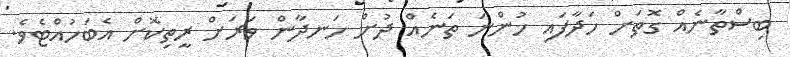
ބިސްތާނެއް ގޮތަށް ހަދާފައި ހުންނަ ތަނެއް ދުށް ހަނދާން ވަރަށް ރީތިކޮށް އެބަހުއްޓެވެ.